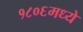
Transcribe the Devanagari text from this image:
१८०६मध्ये